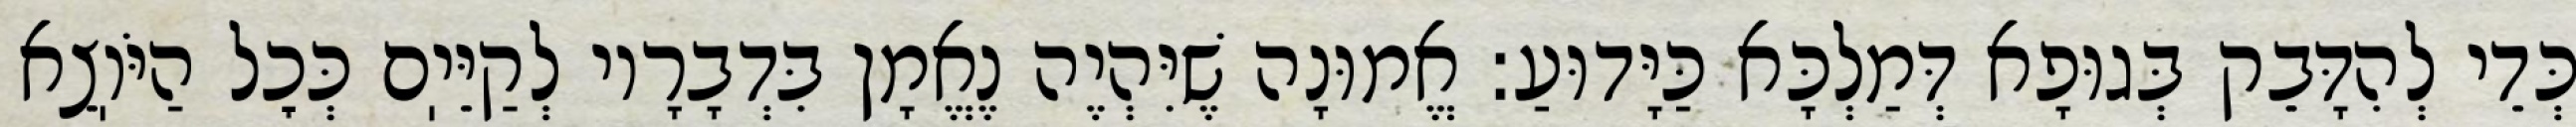
כְּדֵי לְהִדָּבֵק בְּגוּפָא דְּמַלְכָּא כַּיָּדוּעַ: אֱמוּנָה שֶׁיִּהְיֶה נֶאֱמָן בִּדְבָרָיו לְקַיֵּיֽם כְּכׇל הַיֹּוֽצֵא